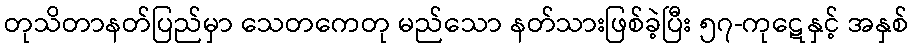
တုသိတာနတ်ပြည်မှာ သေတကေတု မည်သော နတ်သားဖြစ်ခဲ့ပြီး ၅၇-ကုဋေနှင့် အနှစ်